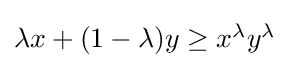
{\textstyle \lambda x+(1-\lambda )y\geq x^{\lambda }y^{\lambda }}